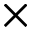
\times